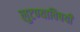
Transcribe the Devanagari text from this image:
लुटण्याविषयी